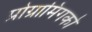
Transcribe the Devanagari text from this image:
प्रोग्रामिंगको